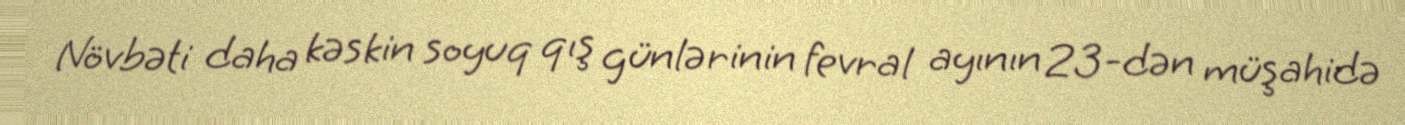
Növbəti daha kəskin soyuq qış günlərinin fevral ayının 23-dən müşahidə